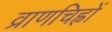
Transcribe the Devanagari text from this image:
व्राणचिह्नों